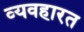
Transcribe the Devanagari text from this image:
व्‍यवहारत